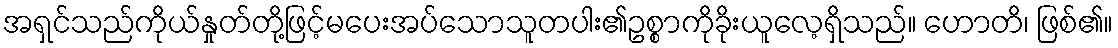
အရှင်သည်ကိုယ်နှုတ်တို့ဖြင့်မပေးအပ်သောသူတပါး၏ဥစ္စာကိုခိုးယူလေ့ရှိသည်။ ဟောတိ၊ ဖြစ်၏။